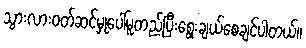
သွားလားဝတ်ဆင်မှုပေါ်မူတည်ပြီးရွေးချယ်စေချင်ပါတယ်။